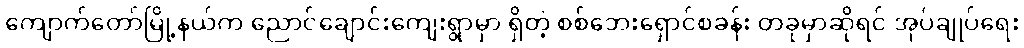
ကျောက်တော်မြို့နယ်က ညောင်ချောင်းကျေးရွာမှာ ရှိတဲ့ စစ်ဘေးရှောင်စခန်း တခုမှာဆိုရင် အုပ်ချုပ်ရေး